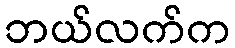
ဘယ်လက်က